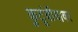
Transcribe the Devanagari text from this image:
कुटूंबीयावर